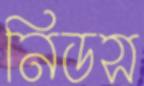
নিডস